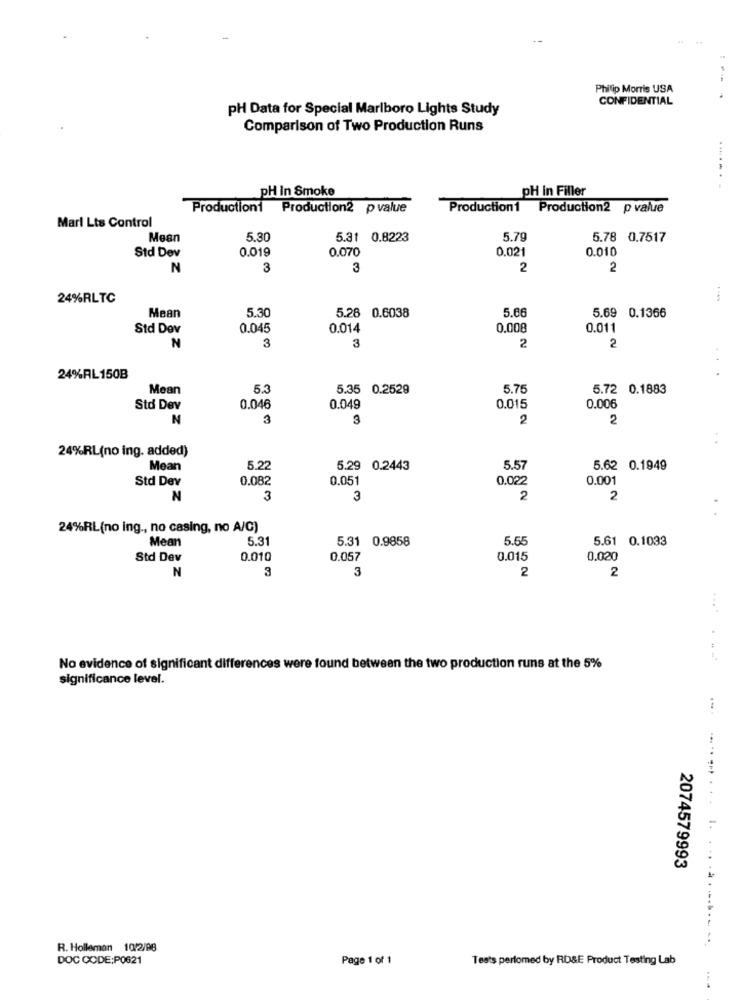
Philip Morris USA
CONFIDENTIAL
pH Data for Special Marlboro Lights Study
Comparison of Two Production Runs
pH in Filler
pH In Smoke
Production1
Production2 p value
Production1
Production2 p value
Marl Lts Control
Mean
5.30
5.31 0.8223
5.79
5.78 0.7517
Std Dev
0.019
0.070
0.021
0.010
N
3
3
2
2
24%RLTC
5.30
5.28 0.6038
5.66
5.69 0.1366
Mean
Std Dev
0.045
0.014
0,008
0.011
3
2
N
3
2
24%AL150B
Mean
5.3
5.35 0.2529
5.75
5.72 0.1883
Std Dev
0.046
0.049
0.015
0.006
N
3
3
2
2
24%RL(no ing. added)
Mean
5.22
5.29 0.2443
5.57
5.62 0.1949
Std Dev
0.082
0.051
0.022
0.001
N
3
3
2
2
24%RL(no ing ., no casing, no A/C)
Mean
5.31
5.31 0.9858
5.55
5.61 0.1033
Std Dev
0.010
0.057
0.015
0.020
N
3
3
2
2
.......
No evidence of significant differences were found between the two production runs at the 5%
significance level.
1.
2074579993
R. Holleman 10/2/98
DOC CODE:P0621
Page 1 of 1
Tests perlomed by RD&E Product Testing Lab